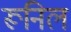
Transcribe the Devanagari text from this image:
रूनिल